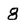
Character: 8